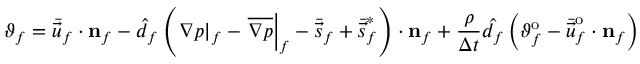
\vartheta _ { f } = \bar { \vec { u } } _ { f } \cdot \mathbf { { n } } _ { f } - \hat { d } _ { f } \left( \left. \nabla p \right| _ { f } - \left. \overline { { \nabla p } } \right| _ { f } - \bar { \vec { s } } _ { f } + \bar { \vec { s } } _ { f } ^ { * } \right) \cdot \mathbf { { n } } _ { f } + \frac { \rho } { \Delta t } \hat { d _ { f } } \left( \vartheta _ { f } ^ { \mathrm { o } } - \bar { \vec { u } } _ { f } ^ { \mathrm { o } } \cdot \mathbf { { n } } _ { f } \right)